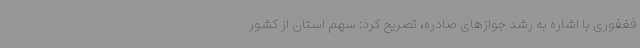
فغفوری با اشاره به رشد جوازهای صادره، تصریح کرد: سهم استان از کشور